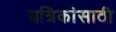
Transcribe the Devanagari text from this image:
यत्रिकांसाठी